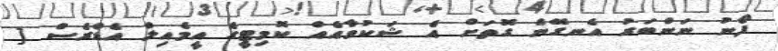
ފޯނު ނަންބަރު އެނގޭނެ ގޮތަށް އެ ޝަކުވާއެއް ކޮމިޓީގެ އީމެއިލް އެޑްރެސް [